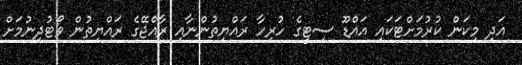
އަދި މިކަން ކުރުމަށްޓަކައި އައްޑޫ ސިޓީގެ ހުރިހާ ރައްޔިތުންނާއި ރާއްޖޭގެ ރައްޔިތުން ވޯޓުދިނުމަށް